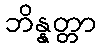
ဘိန္နတ္တာ